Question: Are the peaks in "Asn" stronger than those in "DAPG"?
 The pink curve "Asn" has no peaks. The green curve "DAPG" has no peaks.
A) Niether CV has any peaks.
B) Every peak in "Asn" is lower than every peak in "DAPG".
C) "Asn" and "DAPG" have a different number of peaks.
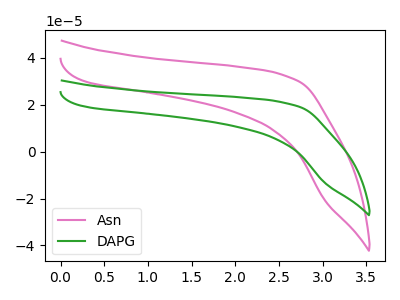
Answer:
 <answer>A) Niether CV has any peaks.</answer>
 <eval>A</eval>